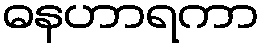
ဓနဟာရကာ